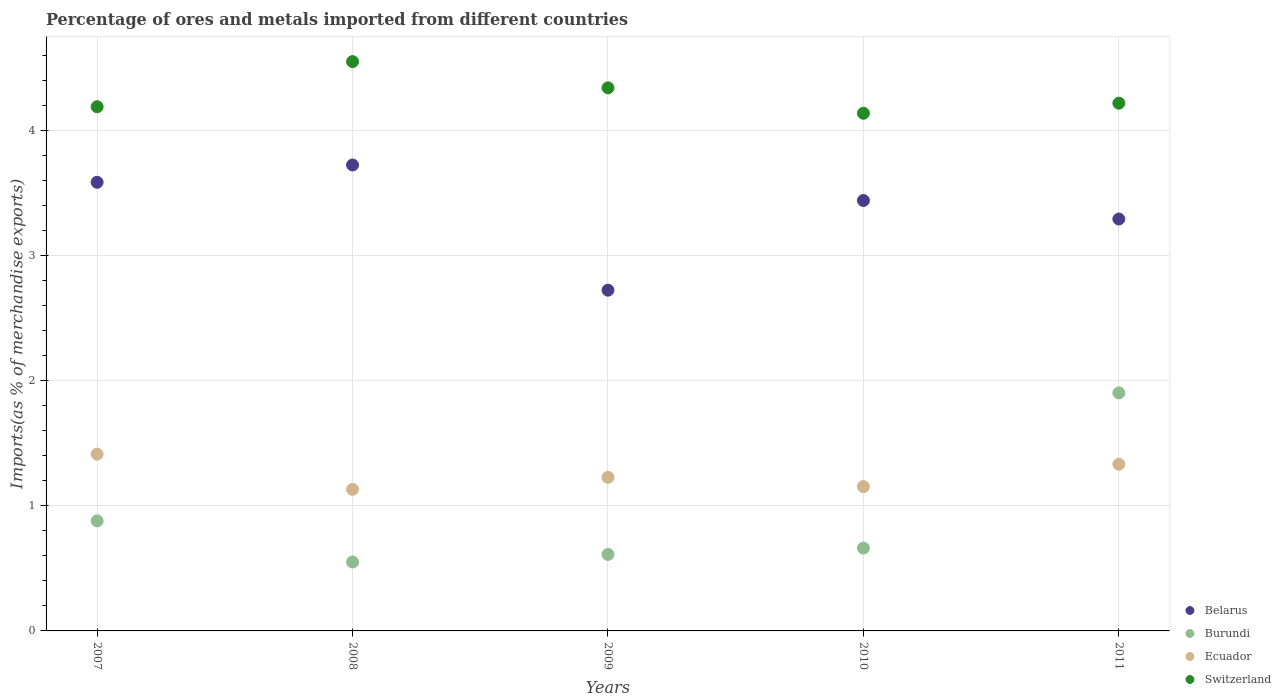
| Years | Belarus | Burundi | Ecuador | Switzerland |
 | --- | --- | --- | --- | --- |
 | 2007 | 3.59 | 0.88 | 1.41 | 4.19 |
 | 2008 | 3.73 | 0.551 | 1.13 | 4.55 |
 | 2009 | 2.72 | 0.612 | 1.23 | 4.34 |
 | 2010 | 3.44 | 0.662 | 1.15 | 4.14 |
 | 2011 | 3.29 | 1.9 | 1.33 | 4.22 |